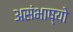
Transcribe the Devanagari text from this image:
असंभाष्यो